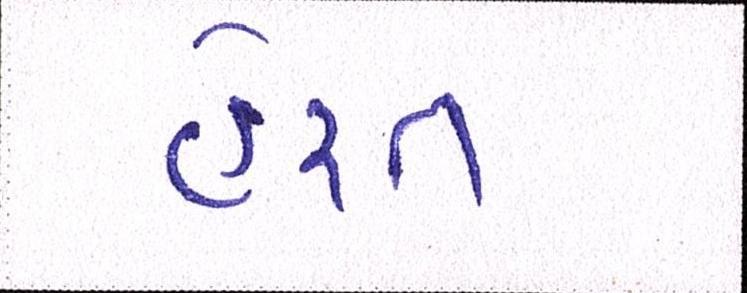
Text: હેરત